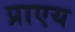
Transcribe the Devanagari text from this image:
प्राएय